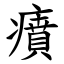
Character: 㿎